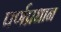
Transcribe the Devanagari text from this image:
पर्णप्रधान